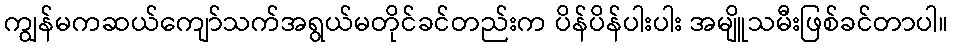
ကျွန်မကဆယ်ကျော်သက်အရွယ်မတိုင်ခင်တည်းက ပိန်ပိန်ပါးပါး အမျိူသမီးဖြစ်ခင်တာပါ။